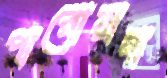
পারোয়ানা